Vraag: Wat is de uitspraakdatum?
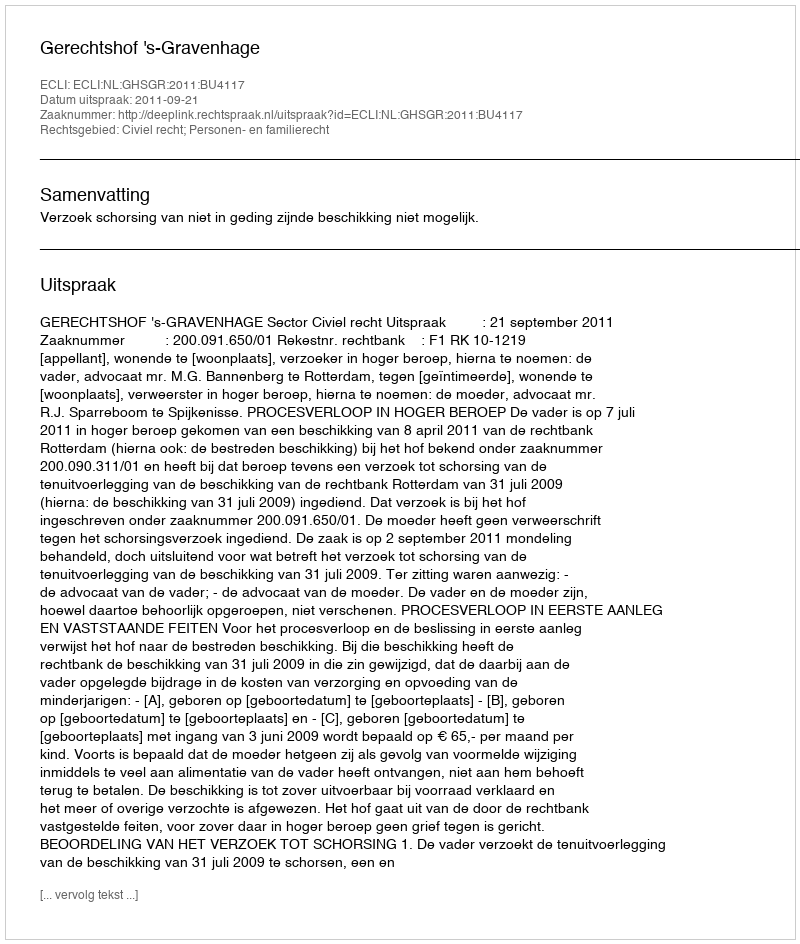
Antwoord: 2011-09-21